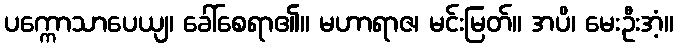
ပက္ကောသာပေယျ၊ ခေါ်စေရာ၏။ မဟာရာဇ၊ မင်းမြတ်။ အပိ၊ မေးဦးအံ့။